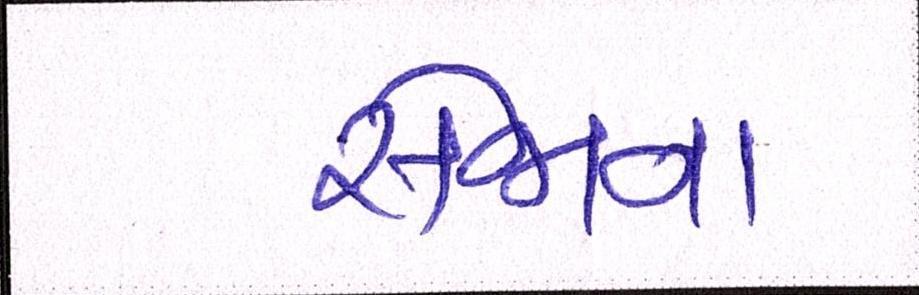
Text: સેજાના